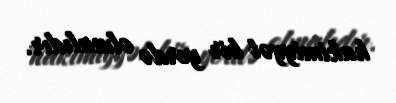
hakimiyyət bir yerdə olmalıdır.